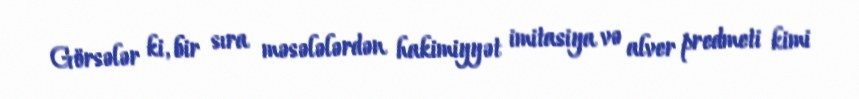
Görsələr ki, bir sıra məsələlərdən hakimiyyət imitasiya və alver predmeti kimi